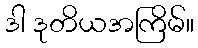
ဒါ ဒုတိယအကြိမ်။